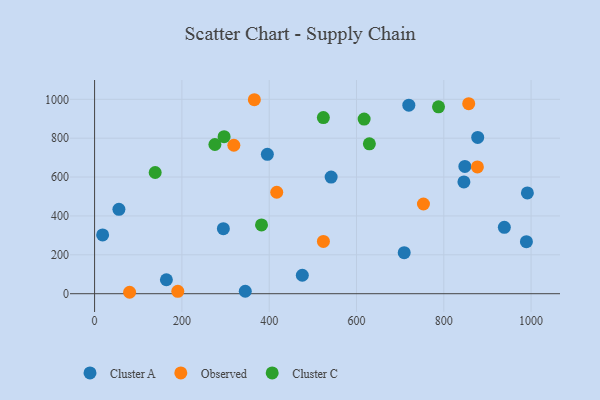
{"axis": {"x": "Study Hours", "y": "Demand"}, "legend": ["Cluster A", "Cluster C", "Observed"], "data": [{"x": "709.3", "y": 210.9, "type": "Cluster A"}, {"x": "475.9", "y": 95.0, "type": "Cluster A"}, {"x": "846.1", "y": 575.1, "type": "Cluster A"}, {"x": "989.3", "y": 267.6, "type": "Cluster A"}, {"x": "295.0", "y": 334.4, "type": "Cluster A"}, {"x": "18.4", "y": 302.3, "type": "Cluster A"}, {"x": "541.9", "y": 599.9, "type": "Cluster A"}, {"x": "877.7", "y": 803.9, "type": "Cluster A"}, {"x": "345.2", "y": 12.6, "type": "Cluster A"}, {"x": "991.5", "y": 518.5, "type": "Cluster A"}, {"x": "164.5", "y": 71.9, "type": "Cluster A"}, {"x": "719.9", "y": 969.9, "type": "Cluster A"}, {"x": "848.3", "y": 654.7, "type": "Cluster A"}, {"x": "938.7", "y": 341.6, "type": "Cluster A"}, {"x": "395.8", "y": 717.0, "type": "Cluster A"}, {"x": "55.7", "y": 434.3, "type": "Cluster A"}, {"x": "80.2", "y": 7.4, "type": "Observed"}, {"x": "319.0", "y": 763.6, "type": "Observed"}, {"x": "190.6", "y": 12.5, "type": "Observed"}, {"x": "877.0", "y": 652.0, "type": "Observed"}, {"x": "753.4", "y": 461.4, "type": "Observed"}, {"x": "857.1", "y": 977.4, "type": "Observed"}, {"x": "417.3", "y": 521.9, "type": "Observed"}, {"x": "366.0", "y": 997.8, "type": "Observed"}, {"x": "524.2", "y": 269.1, "type": "Observed"}, {"x": "787.9", "y": 961.3, "type": "Cluster C"}, {"x": "524.1", "y": 906.1, "type": "Cluster C"}, {"x": "382.4", "y": 353.6, "type": "Cluster C"}, {"x": "138.8", "y": 623.5, "type": "Cluster C"}, {"x": "629.5", "y": 771.1, "type": "Cluster C"}, {"x": "617.5", "y": 898.3, "type": "Cluster C"}, {"x": "275.6", "y": 767.4, "type": "Cluster C"}, {"x": "296.7", "y": 807.9, "type": "Cluster C"}]}